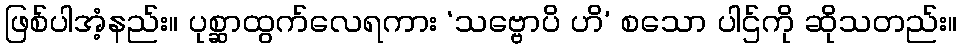
ဖြစ်ပါအံ့နည်း။ ပုစ္ဆာထွက်လေရကား ‘သဗ္ဗောပိ ဟိ’ စသော ပါဌ်ကို ဆိုသတည်း။